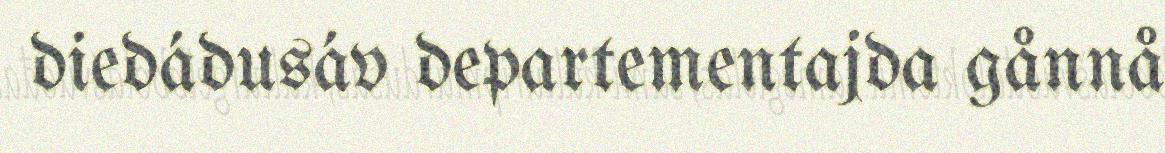
diedádusáv departementajda gånnå